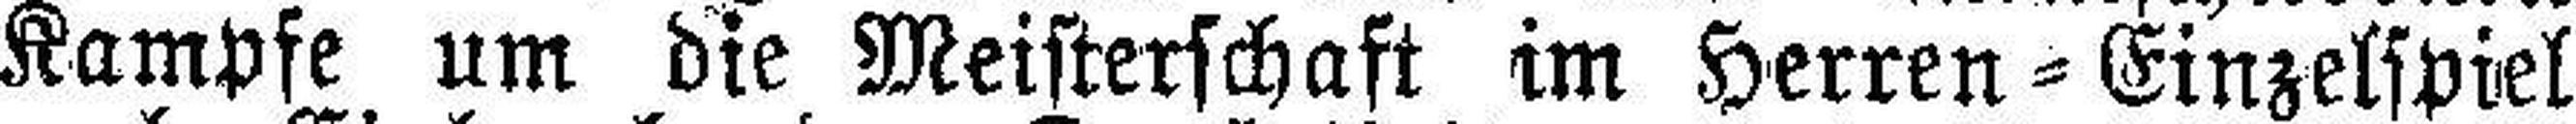
Kampfe um die Meisterschaft im Herren=Einzelspiel